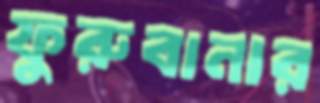
ফুরুবানার